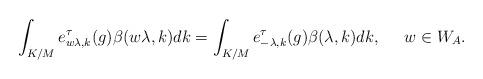
LaTeX: \begin{align*} \int_{K/M} e_{w\lambda,k}^\tau(g) \beta(w\lambda,k) dk = \int_{K/M} e_{-\lambda,k}^\tau(g) \beta(\lambda,k) dk, \;\;\;\;\; w\in W_A.\end{align*}